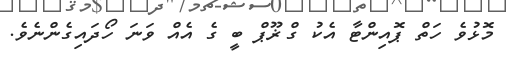
މޮޅުވެ ހަތް ޕޮއިންޓާ އެކު ގްޜޫޕް ބީ ގެ އެއް ވަނަ ހޯދައިގެންނެވެ.